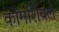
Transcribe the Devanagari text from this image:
कोमर्शियल